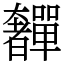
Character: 奲